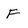
Character: F